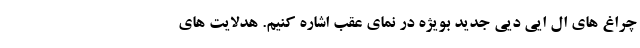
چراغ های ال ایی دیی جدید بویژه در نمای عقب اشاره کنیم. هدلایت های